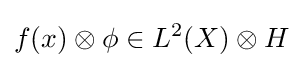
f(x)\otimes \phi \in L^{2}(X)\otimes H